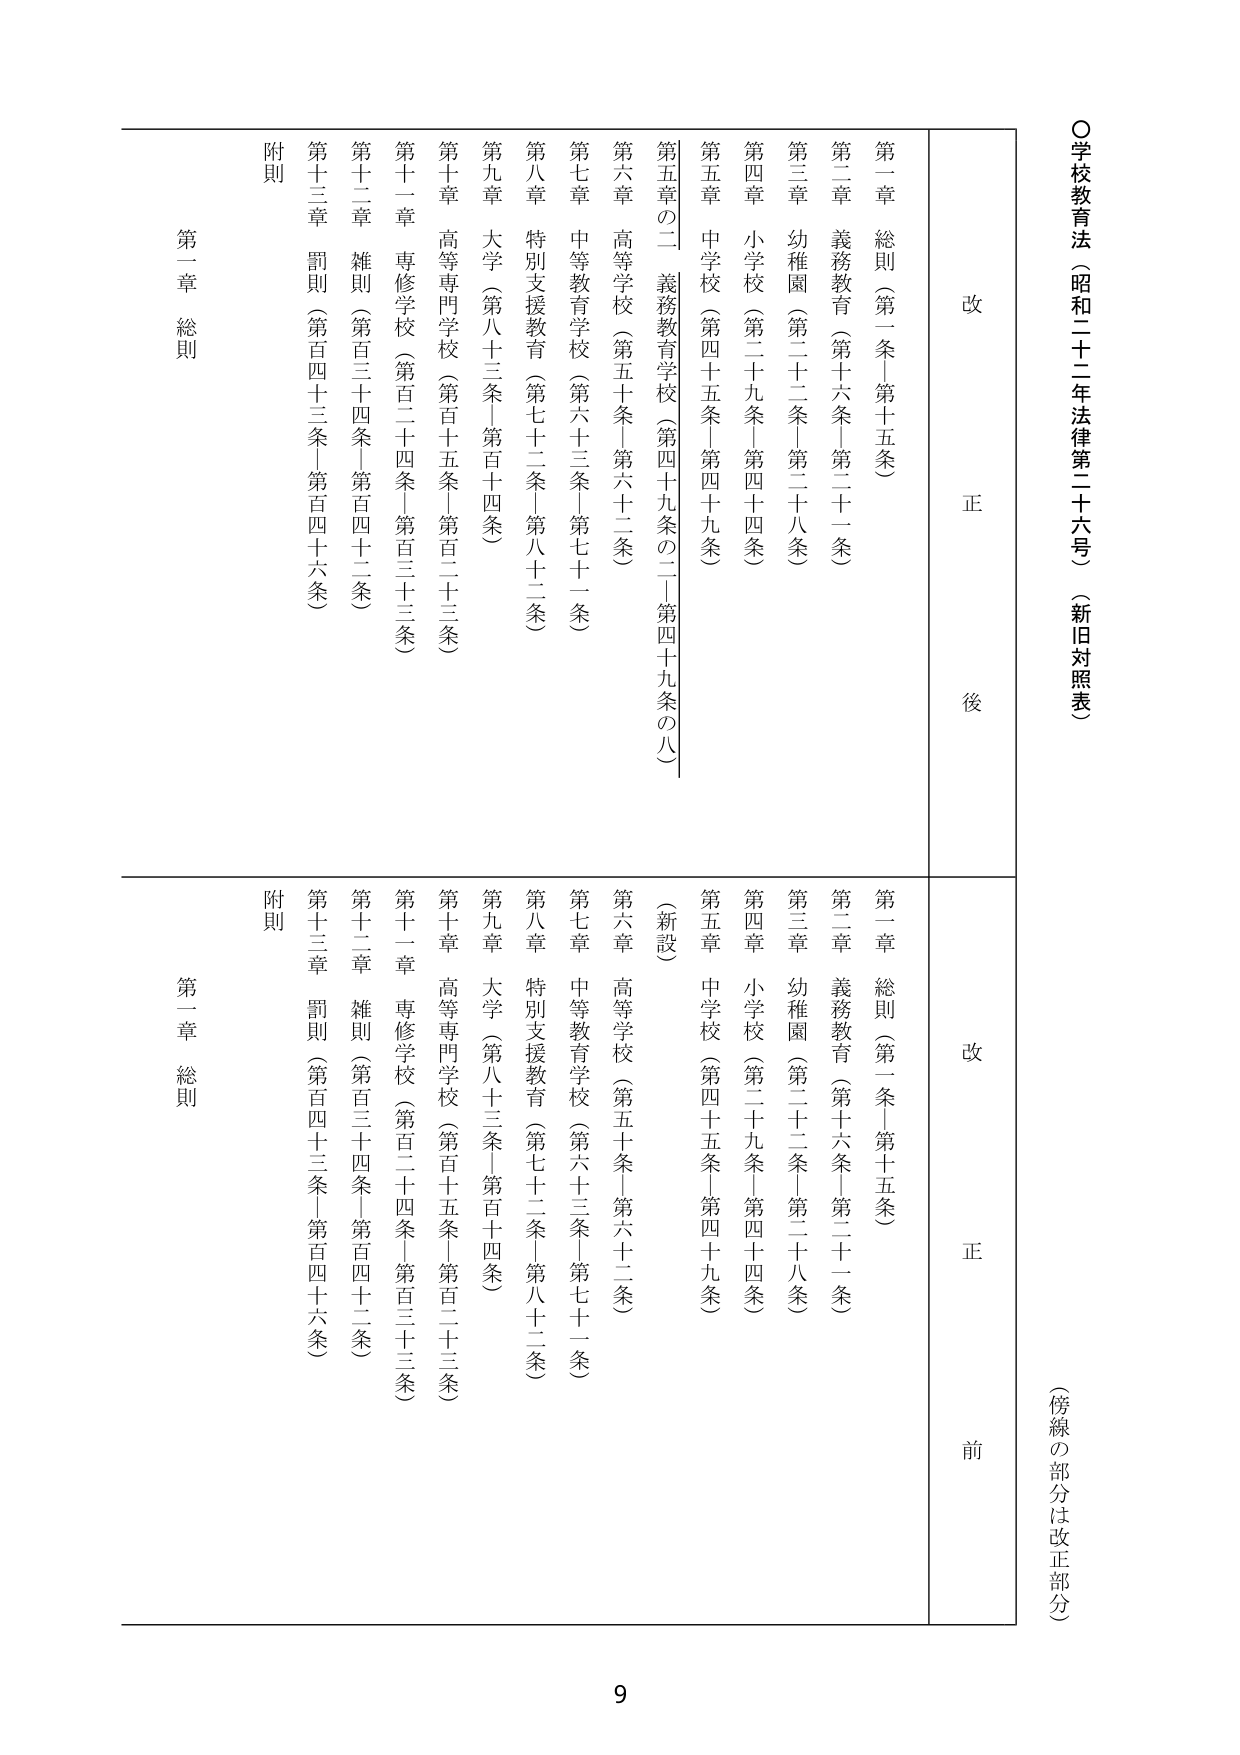
○学校教育法（昭和二十二年法律第二十六号）（新旧対照表）

（傍線の部分は改正部分）

改 正 後

第一章 総則（第一条－第十五条）
第二章 義務教育（第十六条－第二十一条）
第三章 幼稚園（第二十二条－第二十八条）
第四章 小学校（第二十九条－第四十四条）
第五章 中学校（第四十五条－第四十九条）
第五章の二 義務教育学校（第四十九条の二－第四十九条の八）
第六章 高等学校（第五十条－第六十二条）
第七章 中等教育学校（第六十三条－第七十一条）
第八章 特別支援教育（第七十二条－第八十二条）
第九章 大学（第八十三条－第百十四条）
第十章 高等専門学校（第百十五条－第百二十三条）
第十一章 専修学校（第百二十四条－第百三十三条）
第十二章 雑則（第百三十四条－第百四十二条）
第十三章 罰則（第百四十三条－第百四十六条）
附則

第一章 総則

改 正 前

第一章 総則（第一条－第十五条）
第二章 義務教育（第十六条－第二十一条）
第三章 幼稚園（第二十二条－第二十八条）
第四章 小学校（第二十九条－第四十四条）
第五章 中学校（第四十五条－第四十九条）
（新設）
第六章 高等学校（第五十条－第六十二条）
第七章 中等教育学校（第六十三条－第七十一条）
第八章 特別支援教育（第七十二条－第八十二条）
第九章 大学（第八十三条－第百十四条）
第十章 高等専門学校（第百十五条－第百二十三条）
第十一章 専修学校（第百二十四条－第百三十三条）
第十二章 雑則（第百三十四条－第百四十二条）
第十三章 罰則（第百四十三条－第百四十六条）
附則

第一章 総則

9